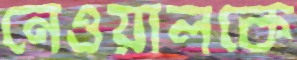
নেওয়ালকে